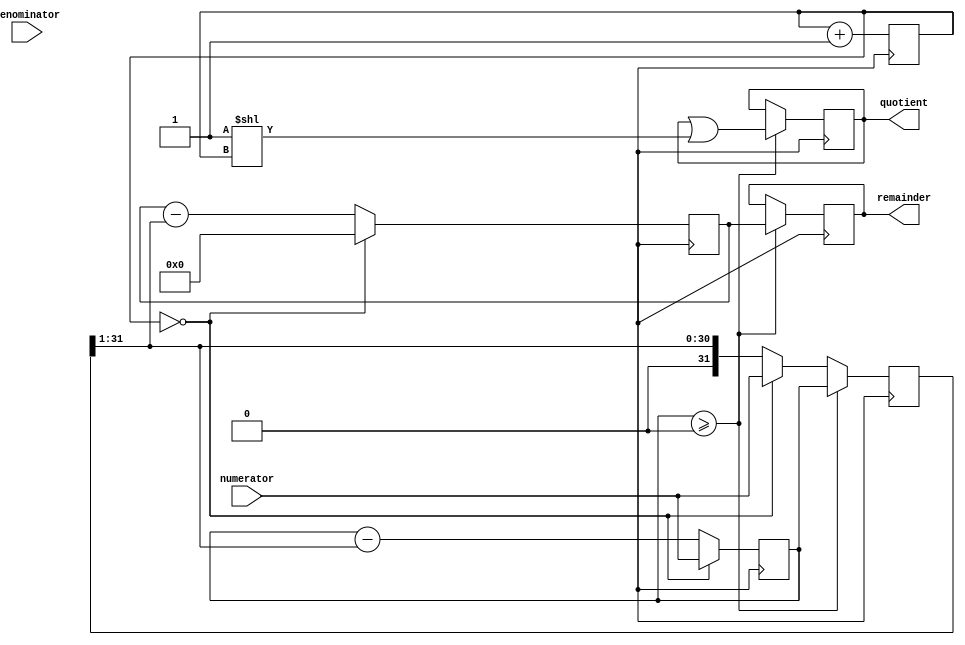
module PipelinedDivider (
    input wire [31:0] numerator,
    input wire [31:0] denominator,
    output reg [31:0] quotient,
    output reg [31:0] remainder
);

reg [31:0] shift_reg;
reg [31:0] temp_quotient;
reg [31:0] temp_remainder;
reg [4:0] counter;

always @ (posedge clk) begin
    if (counter == 0) begin
        temp_quotient <= numerator;
        temp_remainder <= 0;
        shift_reg <= numerator;
    end else begin
        temp_quotient <= temp_quotient - (shift_reg >> 1);
        temp_remainder <= temp_remainder - (shift_reg >> 1);
        shift_reg <= shift_reg >> 1;
    end

    if (temp_quotient >= 0) begin
        quotient <= quotient | (1 << counter);
        remainder <= temp_remainder;
        shift_reg <= temp_quotient;
    end
    counter <= counter + 1;
end

endmodule